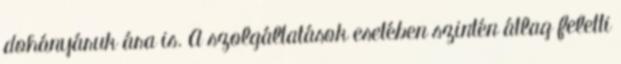
dohányáruk ára is. A szolgáltatások esetében szintén átlag feletti